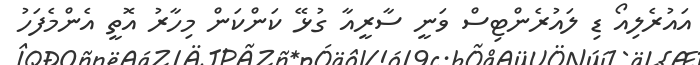
އައުރެލިއޯ ޑި ލައުރެންޓިސް ވަނީ ސާރީއާ ގުޅޭ ކަންކަން މިހާރު އޮތީ އެންމެފަހު